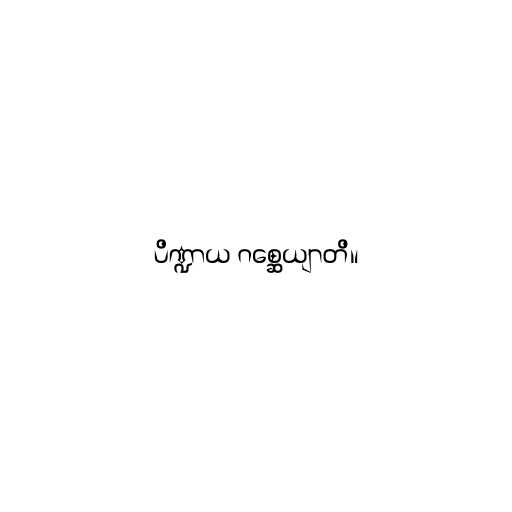
ပိဏ္ဍာယ ဂစ္ဆေယျာတိ။